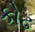
કોઢ